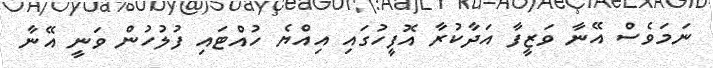
ނަމަވެސް އޭނާ ވަޒީފާ އަދާކުރާ އޮފީހުގައި އިއްޔެ ހުއްޓައި ފުލުހުން ވަނީ އޭނާ